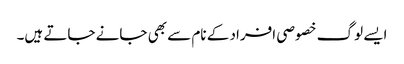
ایسے لوگ خصوصی افراد کے نام سے بھی جانے جاتے ہیں۔